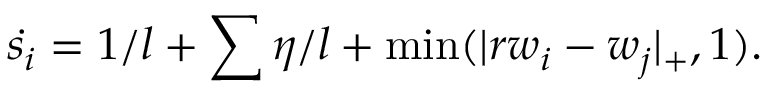
\dot { s _ { i } } = 1 / l + \sum \eta / l + \operatorname* { m i n } ( | r w _ { i } - w _ { j } | _ { + } , 1 ) .